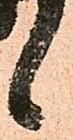
候